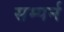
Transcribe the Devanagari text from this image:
सम्पर्न